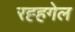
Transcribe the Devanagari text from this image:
रह्हगेल